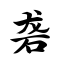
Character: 砻